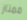
ممتاز